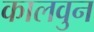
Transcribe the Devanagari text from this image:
कालवुन